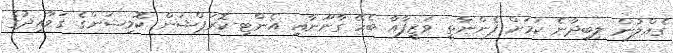
ގެއްލުން ލިބިދާނެ ކަމަށް ފެންނާތީ ވަޒީފާއާ ބެހޭ ގާނޫނާއި އެންޓި-ކޮރަޕްޝަން ކޮމިޝަންގެ ގަވާއިދުގެ